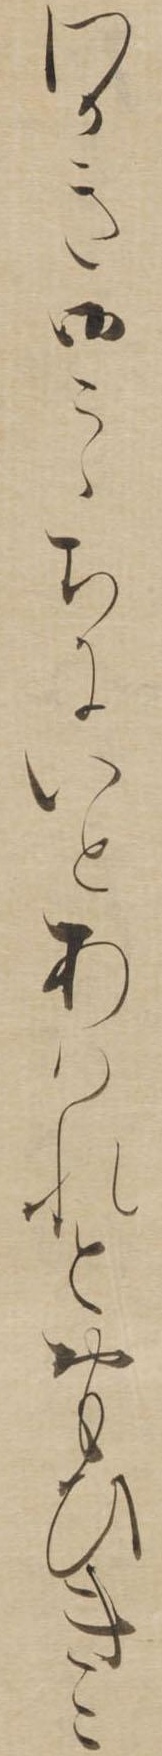
わかき御こゝちにいとあはれとおもひきこ